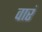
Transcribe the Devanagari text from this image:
वारं